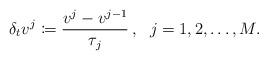
LaTeX: \begin{gather*} \delta_t v^j \coloneqq \frac{v^j-v^{j-1}}{\tau_j}\,, \ \ j=1,2,\dots,M.\end{gather*}